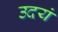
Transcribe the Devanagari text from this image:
उदयं